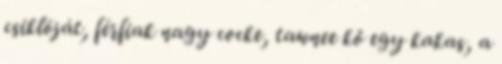
csiklóját, férfiak nagy cocke, tawnee kő egy kakas, a